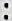
: